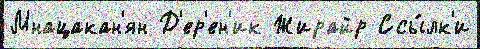
Мнацакан'ян Д'ер'ен'ик Жирайр Ссы́лк'и